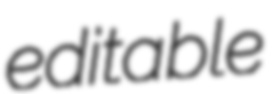
editable